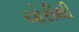
ચોરીથી